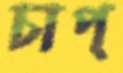
চাপ্‌